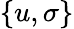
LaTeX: \{ u,\sigma\}